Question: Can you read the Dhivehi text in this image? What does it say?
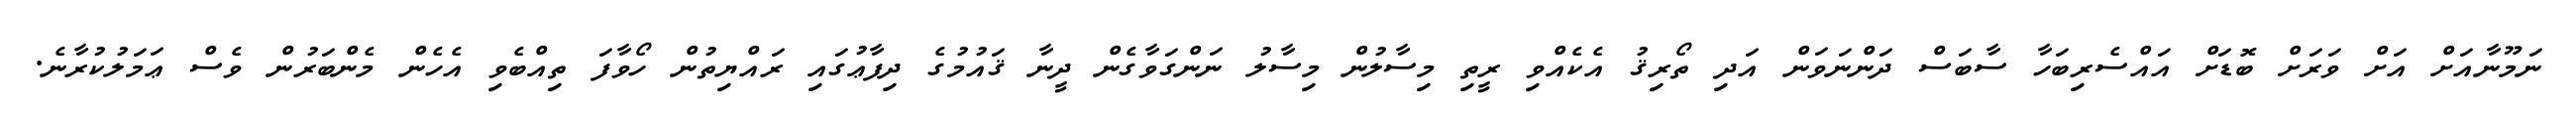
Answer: ނަމޫނާއަށް އަށް ވަރަށް ބޮޑަށް އައްސެރިބަހާ ސާބަސް ދަންނަވަން އަދި ތޯރިޤު އެކެއްވި ރީތި މިސާލުން މިސާލު ނަންގަވާގެން ދީނާ ޤައުމުގެ ދިފާޢުގައި ރައްޔިތުން ހޯވާފަ ތިއްބެވި އެހެން މެންބަރުން ވެސް ޢަމަލުކުރާނެ.